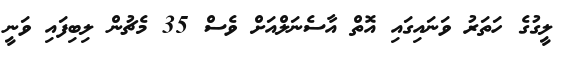
ލީގުގެ ހަތަރު ވަނައިގައި އޮތް އާސެނަލްއަށް ވެސް 35 މެޗުން ލިބިފައި ވަނީ